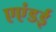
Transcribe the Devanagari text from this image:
एएंडई